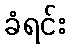
ခံရင်း